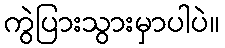
ကွဲပြားသွားမှာပါပဲ။